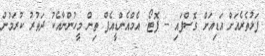
ފަޅުތެރެއަށް އަޑިއަށް ގޮސްފައި -- ފޮޓޯ: އެމްއެންޑީއެފް ތިން މީހުންނާއެކު ދަތުރު ކުރަމުން